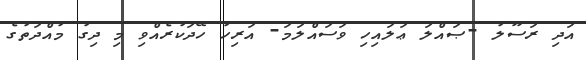
އަދި ރަސޫލު -ޞައްލަ ޢަލައިހި ވަސައްލަމަ- އަރިހު ހޭދަކުރެއްވި މި ދިގު މުއްދަތުގެ